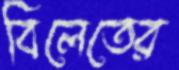
বিলেতের